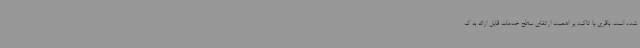
شده است. باقری با تاکید بر اهمیت ارتقای سطح خدمات قابل ارائه به ک